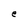
Character: e